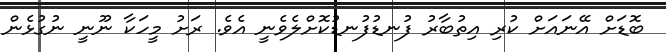
ބޮޑަށް އޭނައަށް ކުރި އިތުބާރު ފުނޑުފުނޑުކޮށްލެވެނީ އެވެ. ރަށު މީހަކާ ނޫނީ ނުގުޅެން